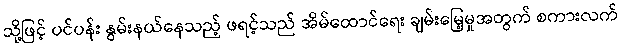
သို့ဖြင့် ပင်ပန်း နွမ်းနယ်နေသည့် ဖရင့်သည် အိမ်ထောင်ရေး ချမ်းမြေ့မှုအတွက် စကားလက်